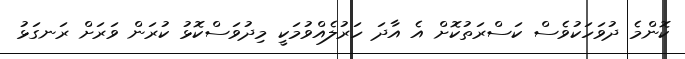
ކޮންމެ ދުވަހަކުވެސް ކަސްރަތުކޮށް އެ އާދަ ހަރުލެއްވުމަކީ މިދުވަސްކޮޅު ކުރަން ވަރަށް ރަނގަޅު